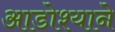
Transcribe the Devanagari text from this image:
आडोश्याने